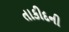
તાકીદની